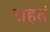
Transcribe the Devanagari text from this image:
राहतं